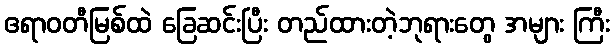
ဧရာဝတီမြစ်ထဲ ခြေဆင်းပြီး တည်ထားတဲ့ဘုရားတွေ အများ ကြီး